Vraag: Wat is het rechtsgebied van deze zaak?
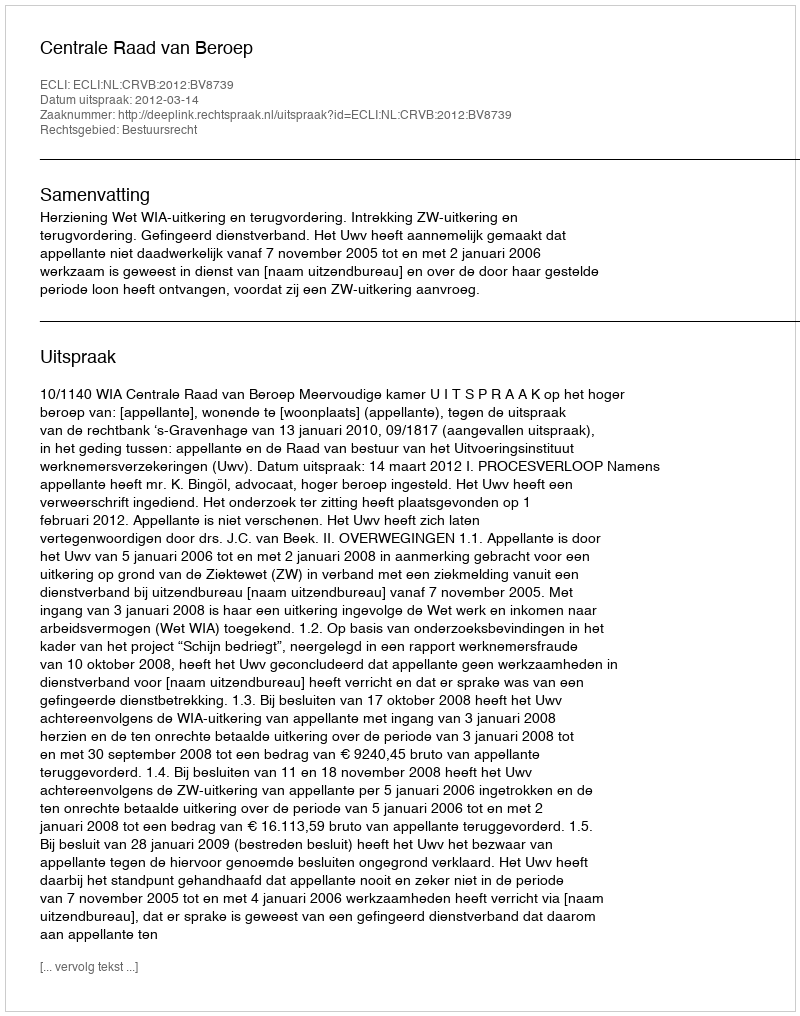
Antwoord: Bestuursrecht